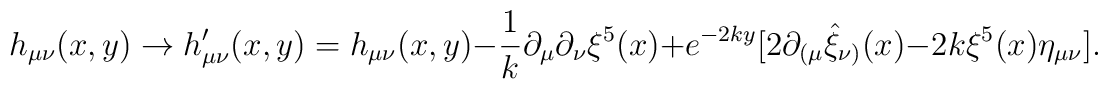
h_{\mu\nu}(x,y)\rightarrow h^\prime_{\mu\nu}(x,y)=h_{\mu\nu}(x,y)-\frac{1}{k}\partial_\mu\partial_\nu \xi^5 (x)+e^{-2ky}[2\partial_{(\mu}\hat{\xi}_{\nu )}(x)-2k\xi^5 (x)\eta_{\mu\nu}].